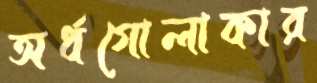
অর্ধগোলাকার